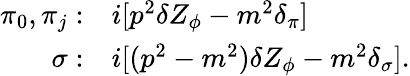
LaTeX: \begin{array}{rl}{{\pi_{0},\pi_{j}:}}&{{i[p^{2}\delta Z_{\phi}-m^{2}\delta_{\pi}]}}\\ {{\sigma:}}&{{i[(p^{2}-m^{2})\delta Z_{\phi}-m^{2}\delta_{\sigma}].}}\end{array}